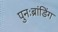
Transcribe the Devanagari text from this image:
पुनःब्रांडिंग